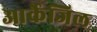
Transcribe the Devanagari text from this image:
आर्केजिल